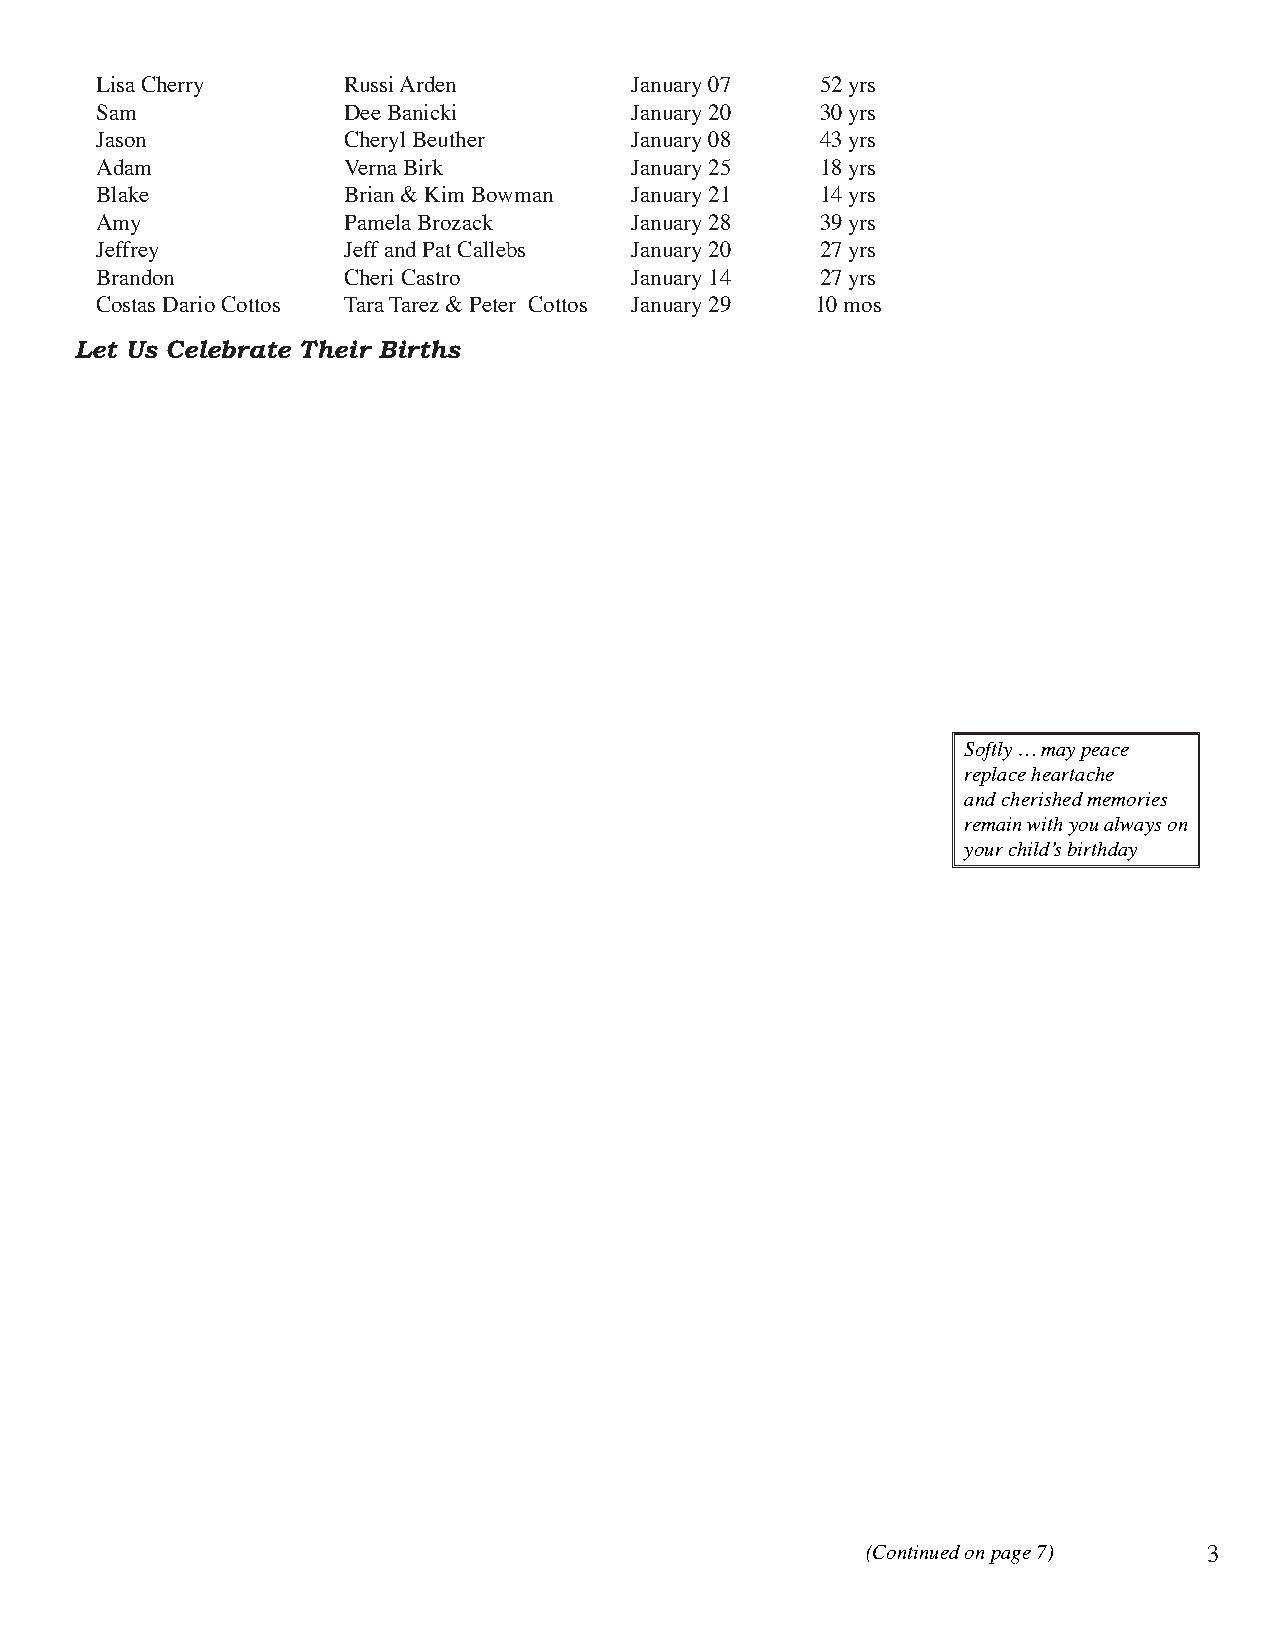
Lisa Cherry      Russi Arden        January 07  52 yrs
 Sam              Dee Banicki        January 20  30 yrs
 Jason            Cheryl Beuther     January 08  43 yrs
 Adam             Verna Birk         January 25  18 yrs
 Blake            Brian & Kim Bowman January 21  14 yrs
 Amy              Pamela Brozack     January 28  39 yrs
 Jeffrey          Jeff and Pat Callebs January 20 27 yrs
 Brandon          Cheri Castro       January 14  27 yrs
 Costas Dario Cottos Tara Tarez & Peter Cottos January 29 10 mos
 Let Us Celebrate Their Births
 Softly … may peace
 replace heartache
 and cherished memories
 remain with you always on
 your child’s birthday
 (Continued on page 7)  3